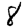
Digit: 8